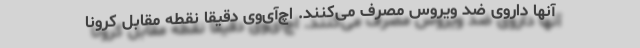
آنها داروی ضد ویروس مصرف می‌کنند. اچ‌آی‌وی دقیقا نقطه مقابل کرونا